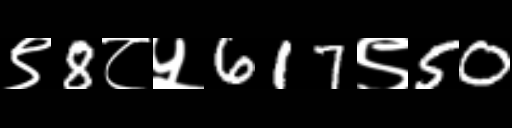
Text: ९8८५617९50